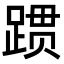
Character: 𬦻